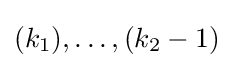
(k_{1}),\ldots ,(k_{2}-1)